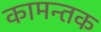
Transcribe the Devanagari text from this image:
कामन्तक